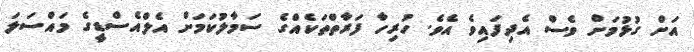
އަށް ގުޅުމަށް ވެސް އެދިފައިވެ އެވެ. ހުރިހާ ފަރާތްތަކެއްގެ ސަމާލުކަމަށް އެލްއެސްޑީގެ މައްސަލަ